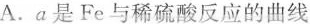
A.a是Fe与稀硫酸反应的曲线